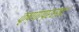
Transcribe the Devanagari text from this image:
कृष्णाप्रसाद